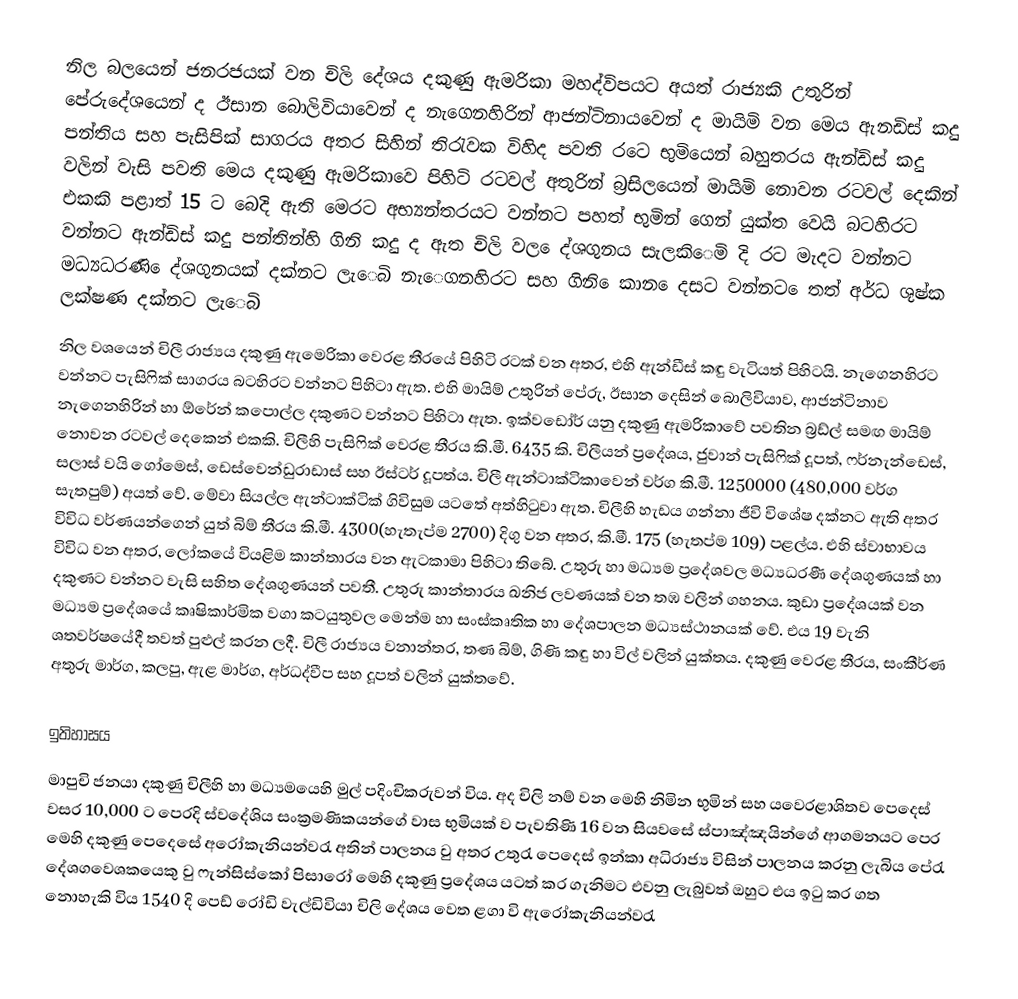
නිල බලයෙන් ජනරජයක් වන චිලි දේශ‍ය දකුණු ඇමරිකා මහද්විපයට අයත් රාජ්‍යකි උතුරින් පේරුදේශයෙන් ද ඊසාන ‍බොලිවියාවෙන් ද නැගෙනහිරින් ආජන්ටිනායවෙන් ද මායිමි වන මෙය ඇනඩිස් කදු පන්තිය සහ පැසිපික් සාගරය අතර සිහින් තිරැවක විහිද පවති රටෙ භුමියෙන් බහුතරය ඇන්ඩිස් කදු වලින් වැසි පවති මෙය දකුණු ඇමරිකාවෙ පිහිටි රටවල් අතුරින් බ්‍රසිලයෙන් මායිමි නොවන රටවල් දෙකින් එකකි පළාත් 15 ට බෙදි ඇති මෙරට අභ්‍යන්තරයට වන්නට පහත් භුමින් ගෙන් යුක්ත වෙයි බටහිරට වන්නට ඇන්ඩිස් කදු පන්තින්හි ගිනි කදු ද ඇත චිලි වල ෙද්ශගුනය සැලකිෙමි දි රට මැදට වන්නට මධ්‍යධරණි ෙද්ශගුනයක් දක්නට ලැෙබි නැෙගනහිරට සහ ගිනි ෙකාන ෙදසට වන්නට ෙතත් අර්ධ ශුෂ්ක ලක්ෂණ දක්නට ලැෙබි
නිල වශයෙන් චිලී රාජ්‍යය දකුණු ඇමෙරිකා වෙරළ තීරයේ පිහිටි රටක් වන අතර, එහි ඇන්ඩීස් කඳු වැටියත් පිහිටයි. නැගෙනහිරට වන්නට පැසිෆික් සාගරය බටහිරට වන්නට පිහිටා ඇත. එහි මායිම් උතුරින් පේරු, ඊසාන දෙසින් බොලිවියාව, ආජන්ටිනාව නැගෙනහිරින් හා ඕරේන් කපොල්ල දකුණට වන්නට පිහිටා ඇත. ඉක්වඩෝර් යනු දකුණු ඇමරිකාවේ පවතින බ්‍රඩ්ල් සමඟ මායිම් නොවන රටවල් දෙකෙන් එකකි. චිලීහි පැසිෆික් වෙරළ තීරය  කි.මී. 6435 කි. චිලීයන් ප්‍රදේශය, ජුවාන් පැසිෆික් දූපත්, ෆර්නැන්ඩෙස්, සලාස් වයි ගෝමෙස්, ඩෙස්වෙන්ඩුරාඩාස් සහ ඊස්ටර් දූපත්ය. චිලී ඇන්ටාක්ටිකාවෙන් වර්ග කි.මී. 1250000 (480,000 වර්ග සැතපුම්) අයත් වේ. මේවා සියල්ල ඇන්ටාක්ටික් ගිවිසුම යටතේ අත්හිටුවා ඇත. චිලීහි හැඩය ගන්නා ජීවි විශේෂ දක්නට ඇති අතර විවිධ වර්ණයන්ගෙන් යුත් බිම් තීරය කි.මී. 4300(හැතැප්ම 2700) දිගු වන අතර, කි.මී. 175 (හැතප්ම 109) පළල්ය. එහි ස්වාභාවය විවිධ වන අතර, ලෝකයේ වියළිම කාන්තාරය වන ඇටකාමා පිහිටා තිබේ. උතුරු හා මධ්‍යම ප්‍රදේශවල මධ්‍යධරණී දේශගුණයක් හා දකුණට වන්නට වැසි සහිත දේශගුණයන් පවතී. උතුරු කාන්තාරය ඛනිජ ලවණයක් වන තඹ වලින් ගහනය. කුඩා ප්‍රදේශයක් වන මධ්‍යම ප්‍රදේශයේ කෘෂිකාර්මික වගා කටයුතුවල මෙන්ම හා සංස්කෘතික හා දේශපාලන මධ්‍යස්ථානයක් වේ. එය 19 වැනි ශතවර්ෂයේදී තවත් පුළුල් කරන ලදී. චිලී රාජ්‍යය වනාන්තර, තණ බිම්, ගිණි කඳු හා විල් වලින් යුක්තය. දකුණු වෙරළ තීරය, සංකීර්ණ අතුරු මාර්ග, කලපු, ඇළ මාර්ග, අර්ධද්වීප සහ දූපත් වලින් යුක්තවේ.

ඉතිහාසය
මාපුචි ජනයා දකුණු චිලීහි හා මධ්‍යමයෙහි මුල් පදිංචිකරුවන් විය. අද චිලි නම් වන මෙහි නිමින භුමින් සහ යවෙරළාශිතව පෙදෙස් වසර 10,000 ට පෙරදි ස්වදේශිය සංක්‍රමණිකයන්ගේ වාස භුමියක් ව පැවතිණි 16 වන සියවසේ ස්පාඤ්ඤයින්ගේ ආගමනයට පෙර මෙහි දකුණු පෙදෙසේ අරෝකැනියන්වරැ අතින් පාලනය වු අතර උතුරැ පෙදෙස් ඉන්කා අධිරාජ්‍ය විසින් පාලනය කරනු ලැබිය පේරැ දේශගවෙශක‍යෙකු වු ‍ෆැන්සිස්කෝ පිසාරෝ මෙහි දකුණු ප්‍රදේශය යටත් කර ගැනිමට එවනු ලැබුවත් ඔහුට එය ඉටු කර ගත නොහැකි විය 1540 දි පෙඩ් රෝඩි වැල්ඩිවියා චිලි දේශය වෙත ළගා වි ඇරෝකැනියන්වරැ